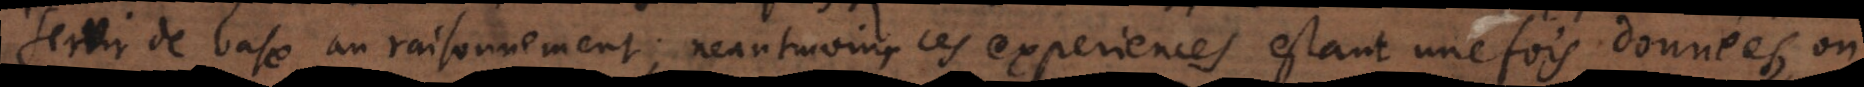
servir de base au raisonnement; neantmoins ces experiences estant une fois données, on